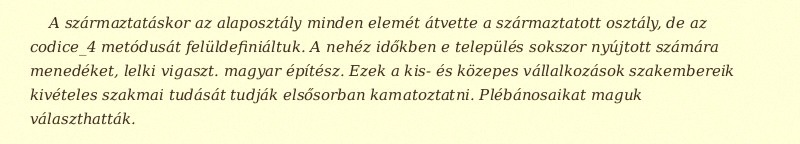
A származtatáskor az alaposztály minden elemét átvette a származtatott osztály, de az codice_4 metódusát felüldefiniáltuk. A nehéz időkben e település sokszor nyújtott számára menedéket, lelki vigaszt. magyar építész. Ezek a kis- és közepes vállalkozások szakembereik kivételes szakmai tudását tudják elsősorban kamatoztatni. Plébánosaikat maguk választhatták.